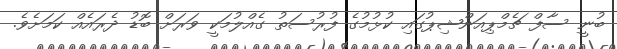
ބުނީ ސާފް ޗެމްޕިއަންޝިޕުގައި ކުޅުމުގެ ފުރުސަތު ގެއްލުމަކީ ވަރަށް ބޮޑު ދެރައެއް ކަމަށެވެ.